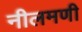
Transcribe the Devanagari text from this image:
नीलमणी